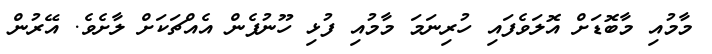
މާމުއި މާބޮޑަށް އޮލަވެފައި ހުރިނަމަ މާމުއި ފުޅި ހޫނުފެން އެއްޗަކަށް ލާށެވެ. އޭރުން